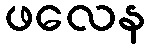
ဖလေန